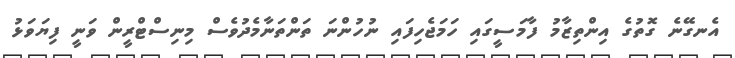
އެނގޭނެ ގޮތުގެ އިންތިޒާމު ފާމަސީގައި ހަމަޖެހިފައި ނުހުންނަ ތަންތަނާމެދުވެސް މިނިސްޓްރީން ވަނީ ފިޔަވަޅު